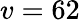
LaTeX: v=62